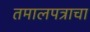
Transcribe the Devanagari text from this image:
तमालपत्राचा